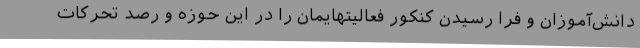
دانش‌آموزان و فرا رسیدن کنکور فعالیتهایمان را در این حوزه و رصد تحرکات